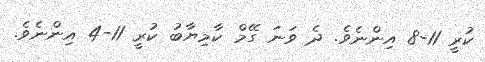
ކުރީ 11-8 އިންނެވެ. ދެ ވަނަ ގޭމް ކާމިޔާބު ކުރީ 11-4 އިންނެވެ.